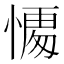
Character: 𭞥